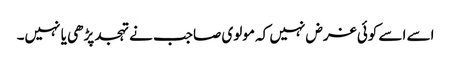
اسے اسے کوئی غرض نہیں کہ مولوی صاجب نے تہجد پڑھی یا نہیں۔